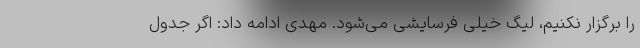
را برگزار نکنیم، لیگ خیلی فرسایشی می‌شود. مهدی ادامه داد: اگر جدول